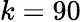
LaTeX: k=90